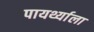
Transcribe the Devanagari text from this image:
पायर्थ्याला